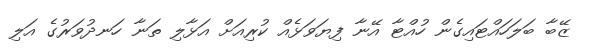
ޒޭބާ ބަލަހައްޓައިގެން ހުއްޓާ އޭނާ ފިޔަވަޅެއް ކުރިއަށް އަޅާލި ތަނާ ހަނދުވަރުގެ އަލި